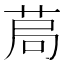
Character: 𦯃